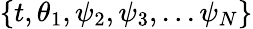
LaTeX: \{ t,\theta_{1},\psi_{2},\psi_{3},...\psi_{N}\}